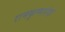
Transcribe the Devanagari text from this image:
रामकृष्णनंदा